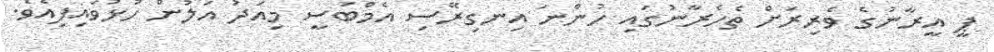
ޕީ އީރާނުގެ ވެރިރަށް ތެހެރާނުގައި ހުންނަ އިނގިރޭސި އެމްބަސީ މިއަދު އަލުން ހުޅުވައިފިއެވެ.